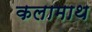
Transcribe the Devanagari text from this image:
कलामाथ